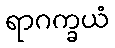
ရာဂက္ခယံ